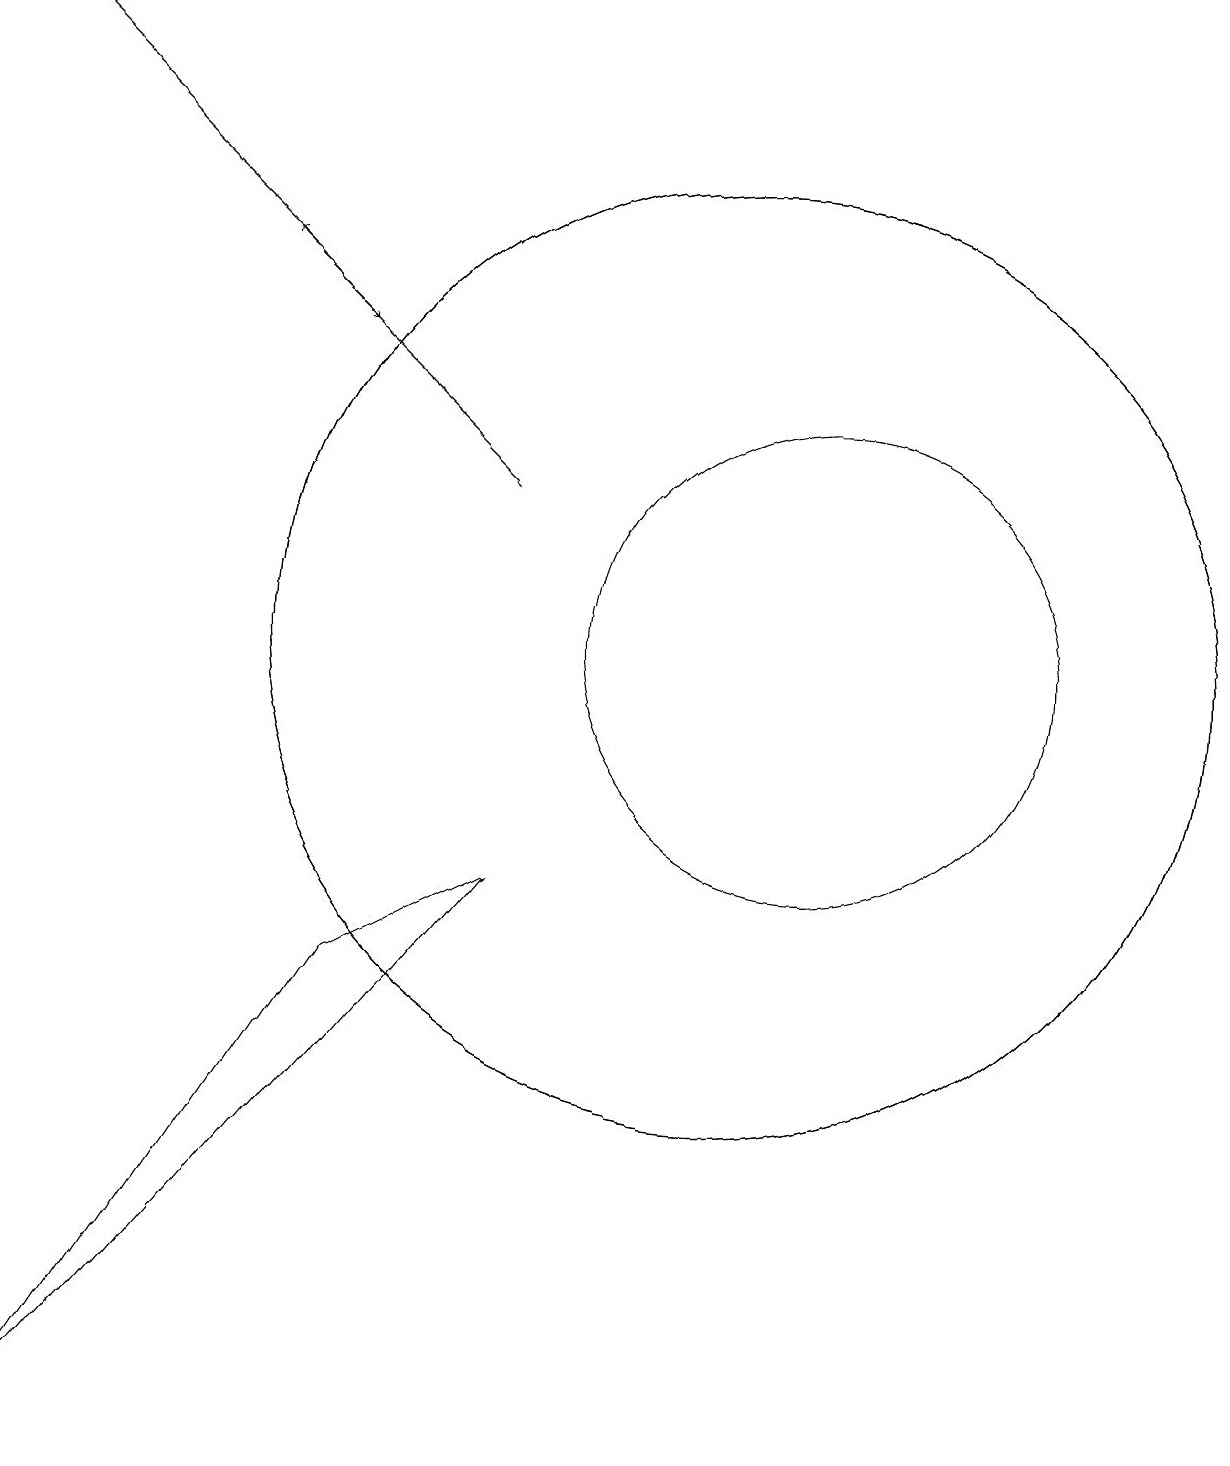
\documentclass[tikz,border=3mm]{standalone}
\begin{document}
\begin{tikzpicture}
\draw (6,6) -- (2,0) -- (8,7) -- cycle;
\draw (12,10) circle (3);
\draw (11,10) circle (6);
\draw[->] (2,18) -- (6,14);
\draw (11,10) circle (6);
\draw[->] (8,12) -- (5,15);
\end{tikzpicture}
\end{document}